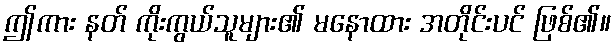
ဤကား နတ် ကိုးကွယ်သူများ၏ မနောထား အတိုင်းပင် ဖြစ်၏။